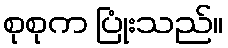
စုစုက ပြုံးသည်။